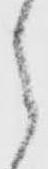
ら